Indian journal of veterinary science and animal husbandry - Volumes 22-23, 1952-1953
Year: 1952
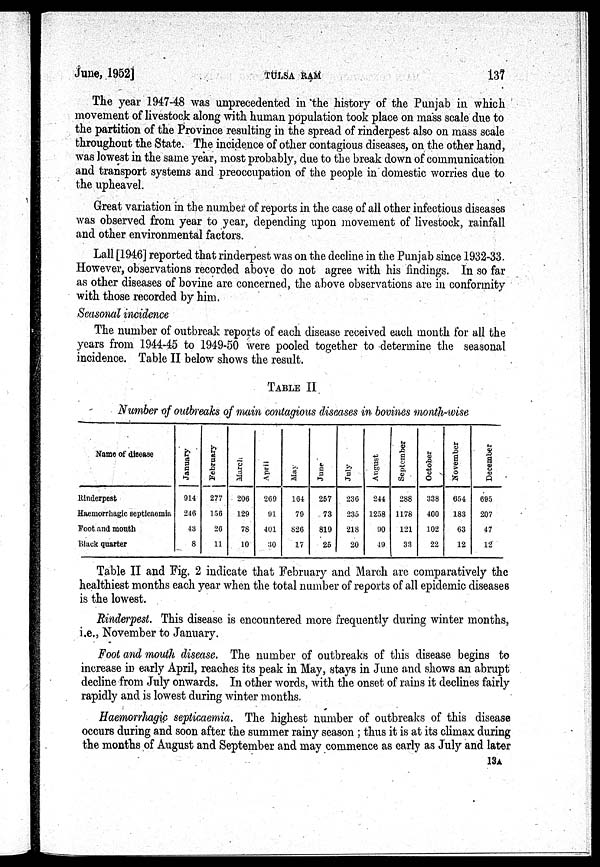
June, 1952]
TULSA
RAM
137
The year 1947-48 was unprecedented in the history of the Punjab in which
movement of livestock along with human population took place on mass scale due to
the partition of the Province resulting in the spread of rinderpest also on mass scale
throughout the State. The incidence of other contagious diseases, on the other hand,
was lowest in the same year, most probably, due to the break down of communication
and transport systems and preoccupation of the people in domestic worries due to
the upheavel.
Great variation in the number of reports in the case of all other infectious diseases
was observed from year to year, depending upon movement of livestock, rainfall
and other environmental factors.
Lall [1946] reported that rinderpest was on the decline in the Punjab since 1932-33.
However, observations recorded above do not agree with his findings. In so far
as other diseases of bovine are concerned, the above observations are in conformity
with those recorded by him.
Seasonal incidence
The number of outbreak reports of each disease received each month for all the
years from 1944-45 to 1949-50 were pooled together to determine the seasonal
incidence. Table II below shows the result.
TABLE II
Number of outbreaks of main contagious diseases in bovines month-wise
Name of disease
Rinderpest
Haemorrhagic septicaemia
Foot and mouth
Black quarter
January
914
246
43
8
February
277
156
26
11
March
206
129
78
10
April
269
91
401
30
May
164
79
826
17
June
257
73
819
25
July
236
235
218
20
August
244
1258
90
49
September
288
1178
121
33
October
338
400
102
22
November
654
183
63
12
December
695
207
47
12
Table II and Fig. 2 indicate that February and March arc comparatively the
healthiest months each year when the total number of reports of all epidemic diseases
is the lowest.
Rinderpest. This disease is encountered more frequently during winter months,
i.e., November to January.
Foot and mouth disease. The number of outbreaks of this disease begins to
increase in early April, reaches its peak in May, stays in June and shows an abrupt
decline from July onwards. In other words, with the onset of rains it declines fairly
rapidly and is lowest during winter months.
Haemorrhagic septicaemia. The highest number of outbreaks of this disease
occurs during and soon after the summer rainy season; thus it is at its climax during
the months of August and September and may commence as early as July and later
13A